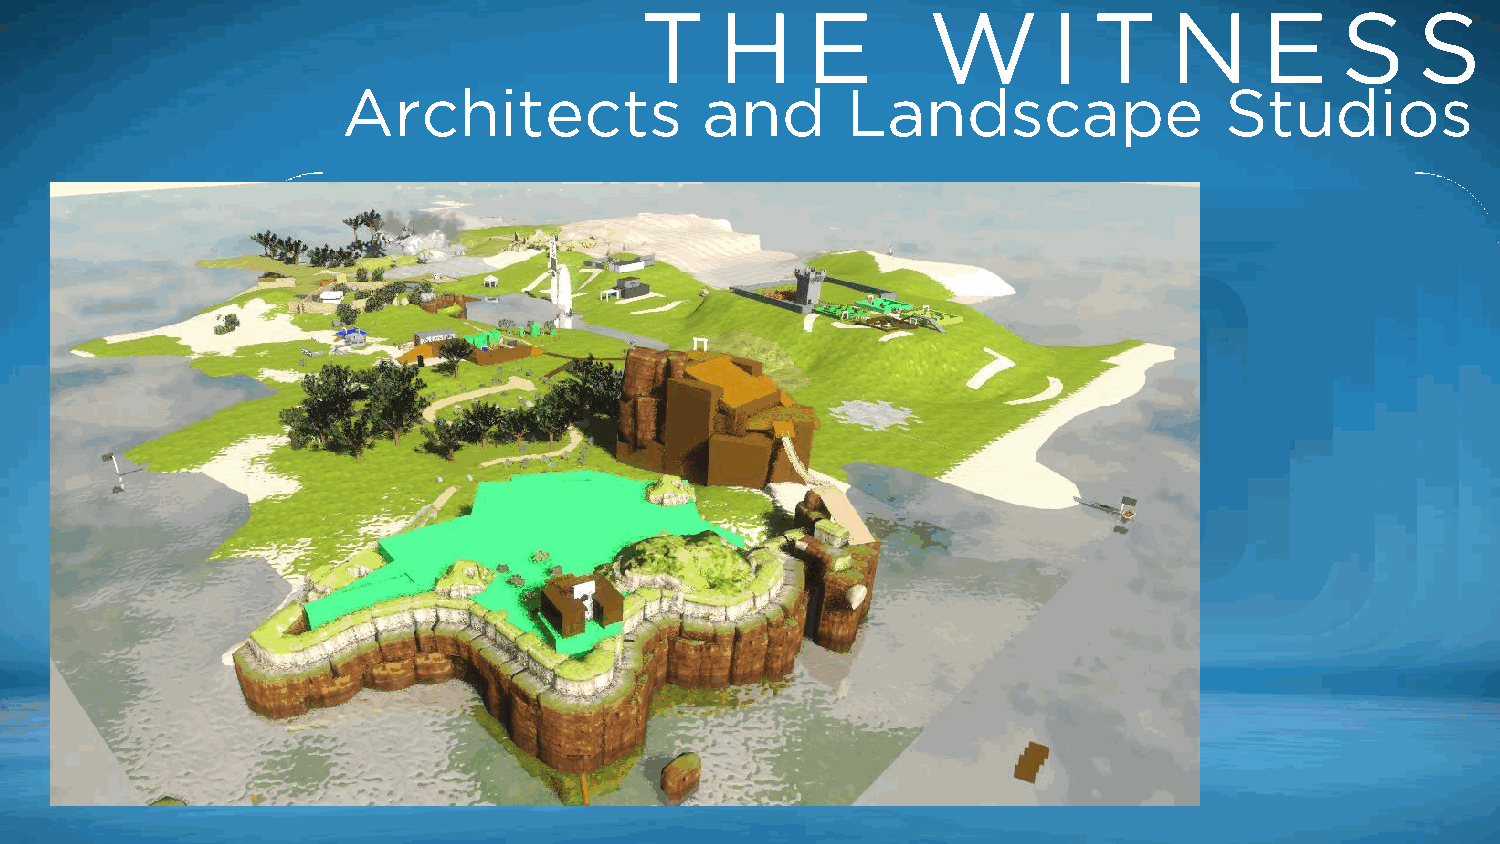
T     H    E       W        I T    N      E    S    S
 Architects             and       Landscape                Studios